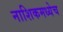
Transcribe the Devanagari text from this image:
नाशिकमध्येच